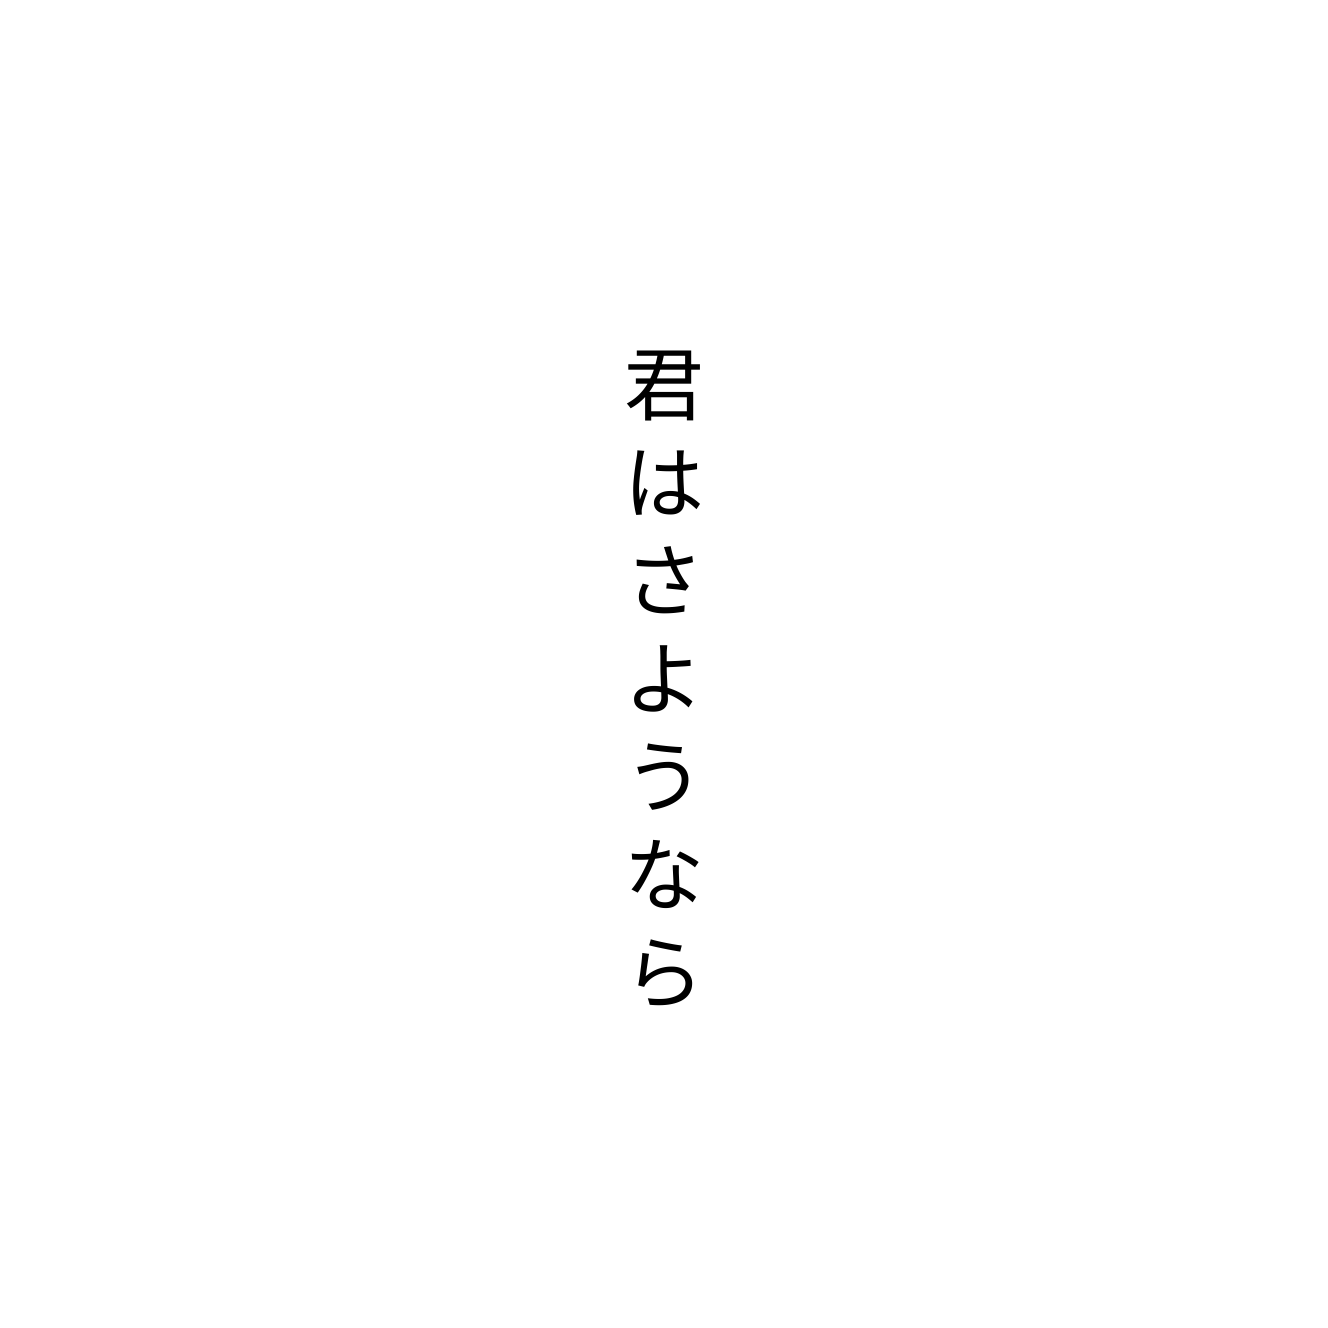
君はさようなら